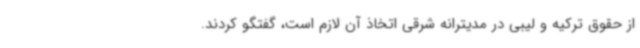
از حقوق ترکیه و لیبی در مدیترانه شرقی اتخاذ آن لازم است، گفتگو کردند.